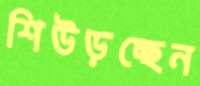
শিউড়চ্ছেন